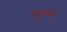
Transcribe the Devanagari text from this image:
जन्य।